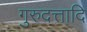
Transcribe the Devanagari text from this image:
गुरुदत्तादि